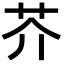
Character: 芥